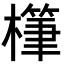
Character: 𪴅